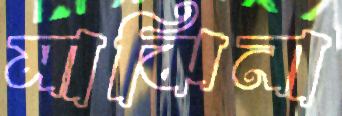
মাঝিনা